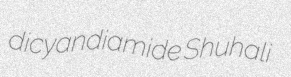
dicyandiamide Shuhali